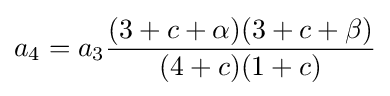
a_{4}=a_{3}{\frac {(3+c+\alpha )(3+c+\beta )}{(4+c)(1+c)}}